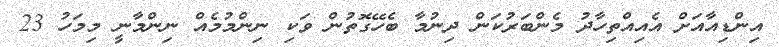
އިންޑިއާއަށް އެއިއްތިހާދު މެންބަރުކަން ދިނުމާ ބެހޭގޮތުން ވަކި ނިންމުމެއް ނިންމާނީ މިމަހު 23